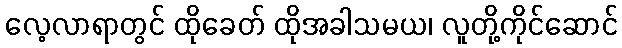
လေ့လာရာတွင် ထိုခေတ် ထိုအခါသမယ၊ လူတို့ကိုင်ဆောင်